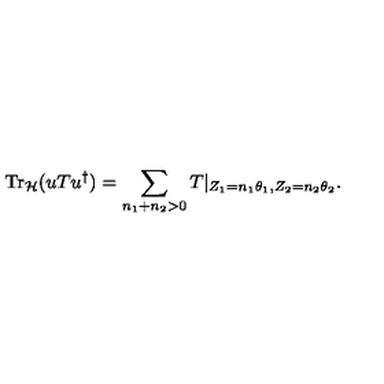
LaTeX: \mathrm { T r } _ { \cal H } ( u T u ^ { \dag } ) = \sum _ { n _ { 1 } + n _ { 2 } > 0 } T | _ { Z _ { 1 } = n _ { 1 } \theta _ { 1 } , Z _ { 2 } = n _ { 2 } \theta _ { 2 } } .